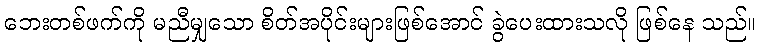
ဘေးတစ်ဖက်ကို မညီမျှသော စိတ်အပိုင်းများဖြစ်အောင် ခွဲပေးထားသလို ဖြစ်နေ သည်။